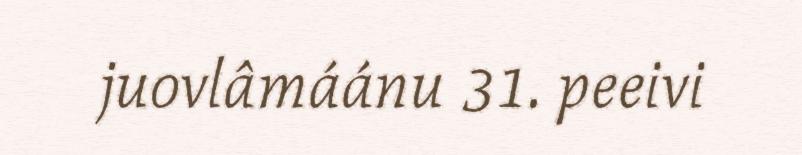
juovlâmáánu 31. peeivi